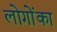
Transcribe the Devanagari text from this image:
लोगोंका